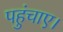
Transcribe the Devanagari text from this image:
पहुंचाए।